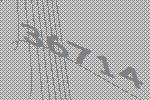
36714